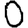
Digit: 0